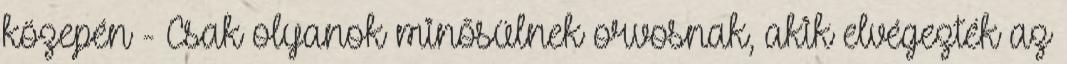
közepén - Csak olyanok minősülnek orvosnak, akik elvégezték az